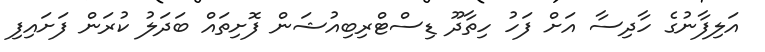
އަލިފާނުގެ ހާދިސާ އަށް ފަހު ހިތާދޫ ޑިސްޓްރިބިއުޝަން ފޮށިތައް ބަދަލު ކުރަން ފަށައިފި